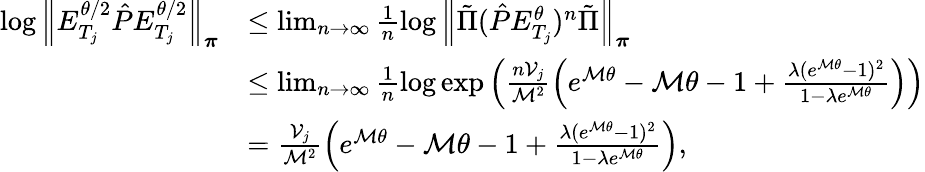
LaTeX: \begin{array}{rl}{\log\left\lVert E_{T_{j}}^{\theta/2}\hat{P}E_{T_{j}}^{\theta/2}\right\rVert_{\boldsymbol\pi}}&{\leq\operatorname*{lim}_{n\to\infty}\frac{1}{n}\log\left\lVert\tilde{\Pi}(\hat{P}E_{T_{j}}^{\theta})^{n}\tilde{\Pi}\right\rVert_{\boldsymbol\pi}}\\ &{\leq\operatorname*{lim}_{n\to\infty}\frac{1}{n}\log\exp\left(\frac{n\mathcal{V}_{j}}{\mathcal{M}^{2}}\left(e^{\mathcal{M}\theta}-\mathcal{M}\theta-1+\frac{\lambda(e^{\mathcal{M}\theta}-1)^{2}}{1-\lambda e^{\mathcal{M}\theta}}\right)\right)}\\ &{=\frac{\mathcal{V}_{j}}{\mathcal{M}^{2}}\left(e^{\mathcal{M}\theta}-\mathcal{M}\theta-1+\frac{\lambda(e^{\mathcal{M}\theta}-1)^{2}}{1-\lambda e^{\mathcal{M}\theta}}\right),}\end{array}